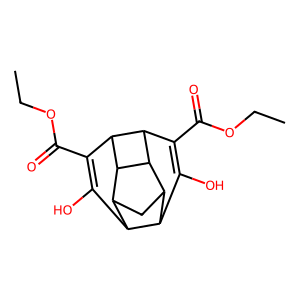
SMILES: CCOC(=O)C1=C(O)C2C3CC4C2C(O)=C(C(=O)OCC)C2C1C3C42
Inhibits HIV replication: No